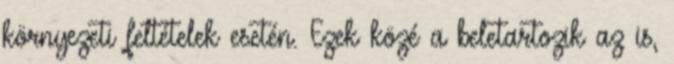
környezeti feltételek esetén. Ezek közé a beletartozik az is,